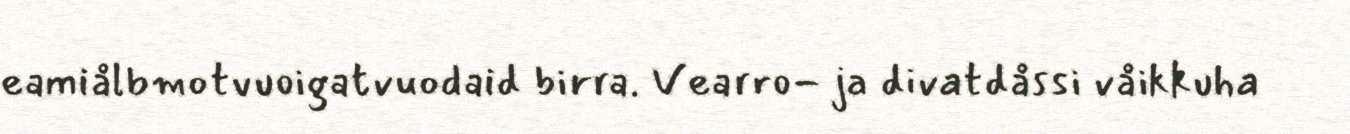
eamiålbmotvuoigatvuodaid birra. Vearro- ja divatdåssi våikkuha